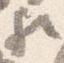
歟